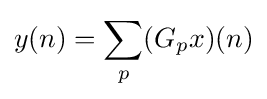
y(n)=\sum _{p}(G_{p}x)(n)